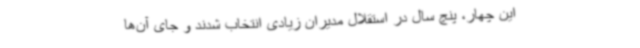
این چهار، پنچ سال در استقلال مدیران زیادی انتخاب شدند و جای آن‌ها